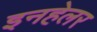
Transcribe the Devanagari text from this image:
इनहेलर